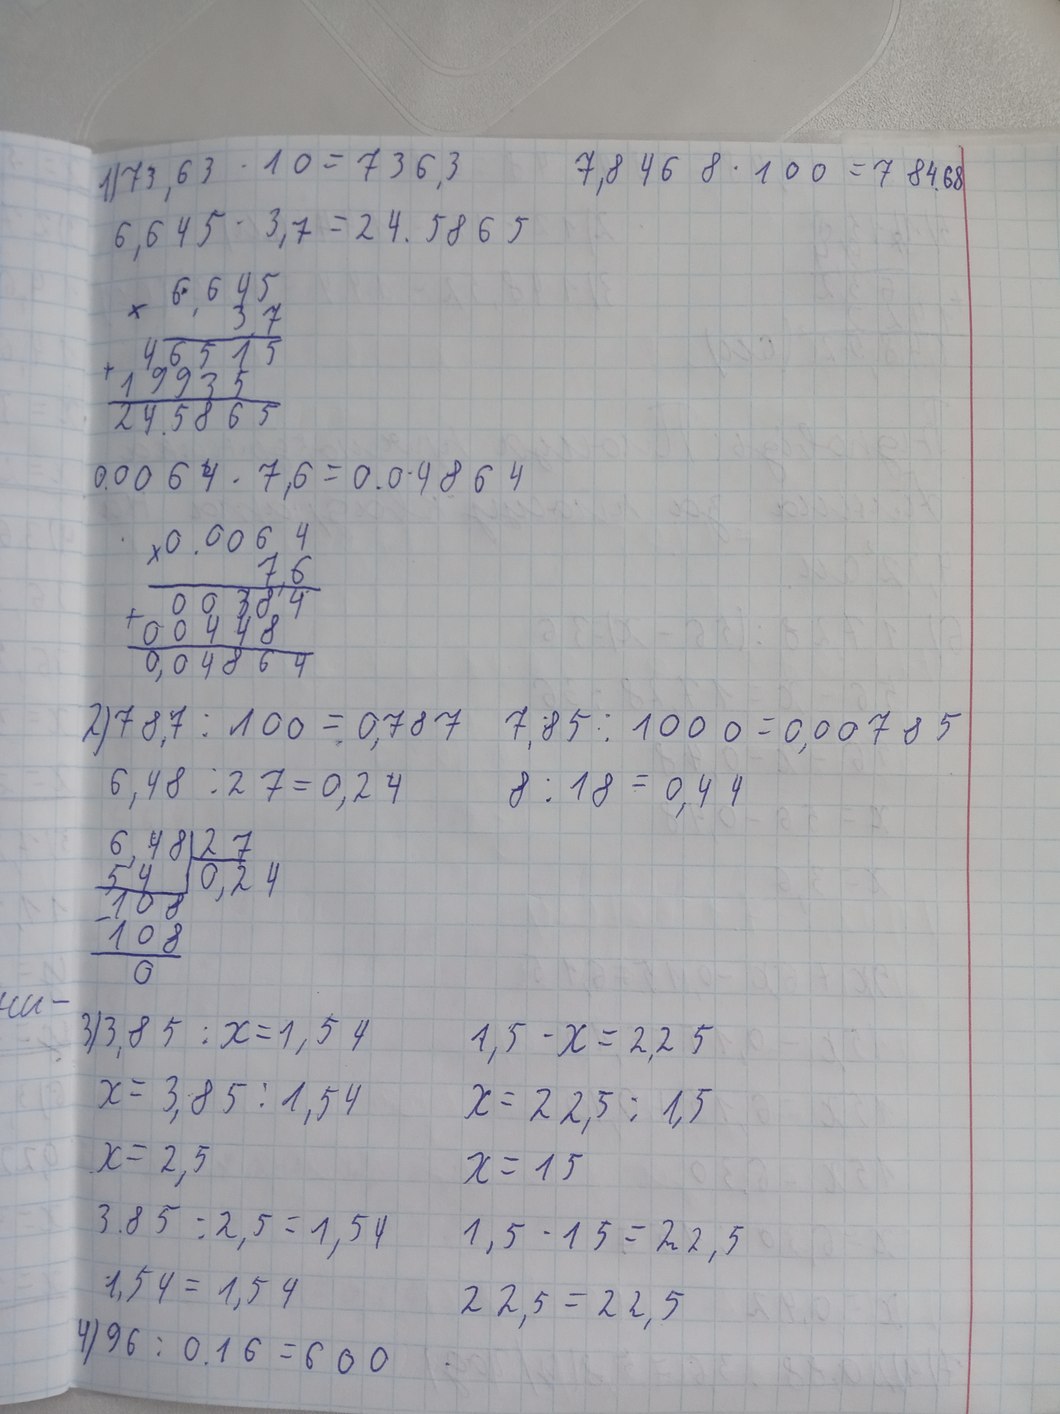
1) 73,63 * 10 = 736, 3
7,8468 * 100 = 784.68
6, 645 * 3,7 = 24.5865
6,645
3,7
46515
19935
24.5865
0.0064 * 7,6 = 0.04864
0.0064
7,6
00384
00448
0,04864
2) 78,7 / 100 = 0,787
7,85 / 1000 = 0,00785
6,48 / 27 = 0,24
8 / 18 = 0, 44
6, 48 | 27
54 | 0,24
108
108
0
3) 3,85 / x = 1,54
1,5 - x = 2,25
x = 3,85 / 1,54
x = 22,5 / 1,5
x = 2,5
x = 15
3.85 / 2,5 = 1,54
1,5 * 15 = 22,5
1,54 = 1,54
22,5 = 22,5
4) 96 / 0.16 = 600